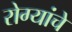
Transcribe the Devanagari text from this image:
रोग्यांचे